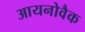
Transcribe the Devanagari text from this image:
आयनोवैक